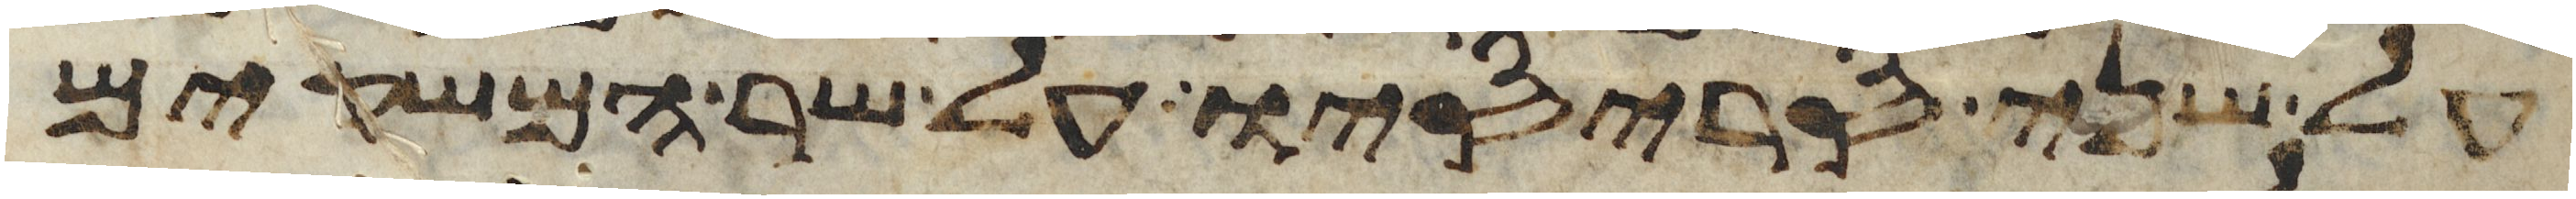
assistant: על שני סריסיו על שר המשקים